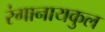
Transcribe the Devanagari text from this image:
रंगानायकुल